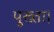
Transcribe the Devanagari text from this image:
पुख्ता।